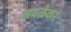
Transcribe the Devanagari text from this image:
जवळेकर